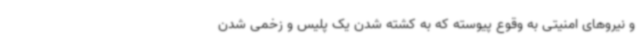
و نیروهای امنیتی به وقوع پیوسته که به کشته شدن یک پلیس و زخمی شدن